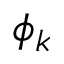
\phi _ { k }